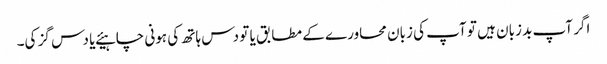
اگر آپ بد زبان ہیں تو آپ کی زبان محاورے کے مطابق یا تو دس ہاتھ کی ہونی چاہیئے یا دس گز کی۔